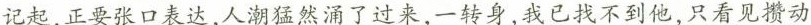
记起，正要张口表达，人潮猛然涌了过来，一转身，我已找不到他，只看见攒动